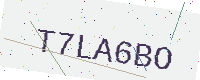
Text: T7LA6BO